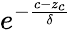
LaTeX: e^{-\frac{c-z_{c}}{\delta}}